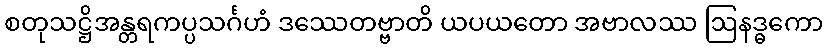
စတုသဋ္ဌိအန္တရကပ္ပသင်္ဂဟံ ဒဿေတဗ္ဗာတိ ယပယတော အဗာလဿ ဩနဒ္ဓကော